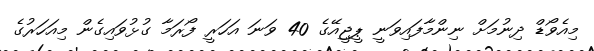
މިއެވޯޑް ދިނުމަށް ނިންމާފައިވަނީ ޕީޖީއޭގެ 40 ވަނަ އަހަރީ ފޯރަމާ ގުޅުވައިގެން މިއަހަރުގެ